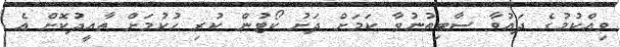
ވިއްކުމުގެ ދައުވާ ސާބިތުނުވާ ކަމަށް ދަށު ކޯޓުން ކުރި ހުކުމަށް ތާއީދުކޮށް އެ